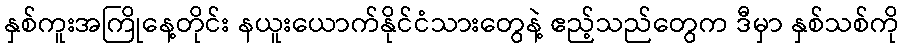
နှစ်ကူးအကြိုနေ့တိုင်း နယူးယောက်နိုင်ငံသားတွေနဲ့ ဧည့်သည်တွေက ဒီမှာ နှစ်သစ်ကို